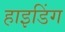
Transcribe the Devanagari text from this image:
हाइडिंग